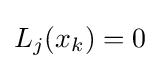
L_{j}(x_{k})=0